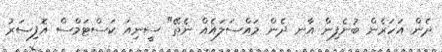
ދެން އަހަރެން ބުނެފިން އާނ ދެން މައްސަލައެއް ނެތޭ" ސީނިއަ ކަސްޓަމްސް އޮފިސަރު